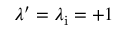
\lambda ^ { \prime } = \lambda _ { \mathrm { i } } = + 1